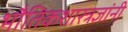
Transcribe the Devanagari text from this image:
भौतिकशास्त्रज्ञांनी